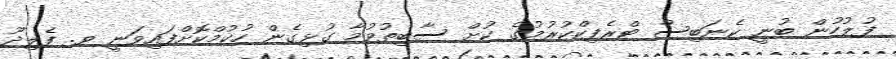
ފުލުހުން ބުނީ ކެނަބިސް ޓްރެފިކްކުރުމުގެ ކުށް ސާބިތުވުމާ ގުޅިގެން ހުކުމްކޮށްފައިވަނީ ވ. ފެލިދޫ